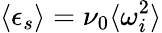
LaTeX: \langle\epsilon_{s}\rangle=\nu_{0}\langle\omega_{i}^{2}\rangle